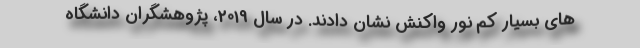
های بسیار کم نور واکنش نشان دادند. در سال 2019، پژوهشگران دانشگاه